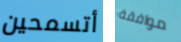
أتسمحين موافقة